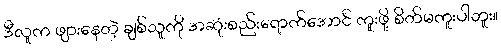
ဒီလူက ဖျားနေတဲ့ ချစ်သူကို အဆုံးစည်းရောက်အောင် ကူးဖို့ စိတ်မကူးပါဘူး။